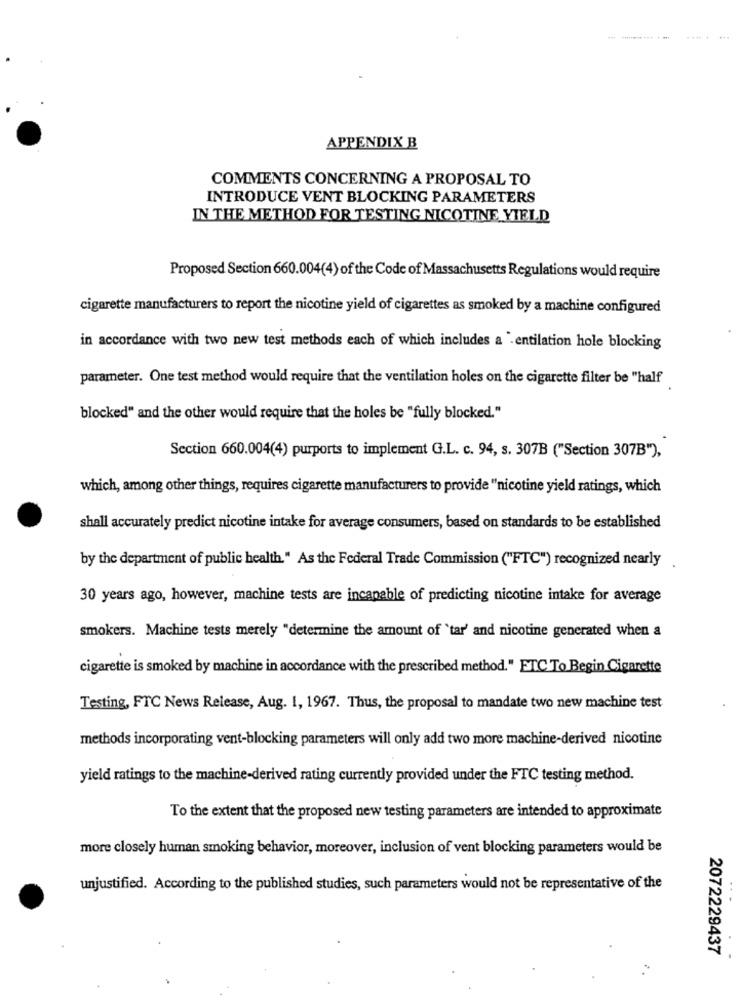
APPENDIX B
COMMENTS CONCERNING A PROPOSAL TO
INTRODUCE VENT BLOCKING PARAMETERS
IN THE METHOD FOR TESTING NICOTINE YIELD
Proposed Section 660.004(4) of the Code of Massachusetts Regulations would require
cigarette manufacturers to report the nicotine yield of cigarettes as smoked by a machine configured
in accordance with two new test methods each of which includes a .entilation hole blocking
parameter. One test method would require that the ventilation holes on the cigarette filter be "half
blocked" and the other would require that the holes be "fully blocked."
Section 660.004(4) purports to implement G.L. c. 94, s. 307B ("Section 307B"),
which, among other things, requires cigarette manufacturers to provide "nicotine yield ratings, which
shall accurately predict nicotine intake for average consumers, based on standards to be established
by the department of public health. " As the Federal Trade Commission ("FTC") recognized nearly
30 years ago, however, machine tests are incapable of predicting nicotine intake for average
smokers. Machine tests merely "determine the amount of 'tar' and nicotine generated when a
cigarette is smoked by machine in accordance with the prescribed method." ETC To Begin Cigarette
Testing, FTC News Release, Aug. 1, 1967. Thus, the proposal to mandate two new machine test
methods incorporating vent-blocking parameters will only add two more machine-derived nicotine
yield ratings to the machine-derived rating currently provided under the FTC testing method.
To the extent that the proposed new testing parameters are intended to approximate
more closely human smoking behavior, moreover, inclusion of vent blocking parameters would be
unjustified. According to the published studies, such parameters would not be representative of the
2072229437